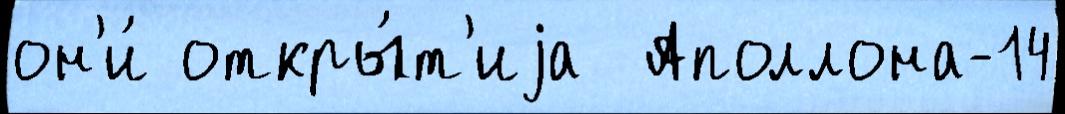
он'и́ откры́т'иjа  Аполлона-14